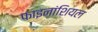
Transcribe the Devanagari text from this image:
फाइनांशियल